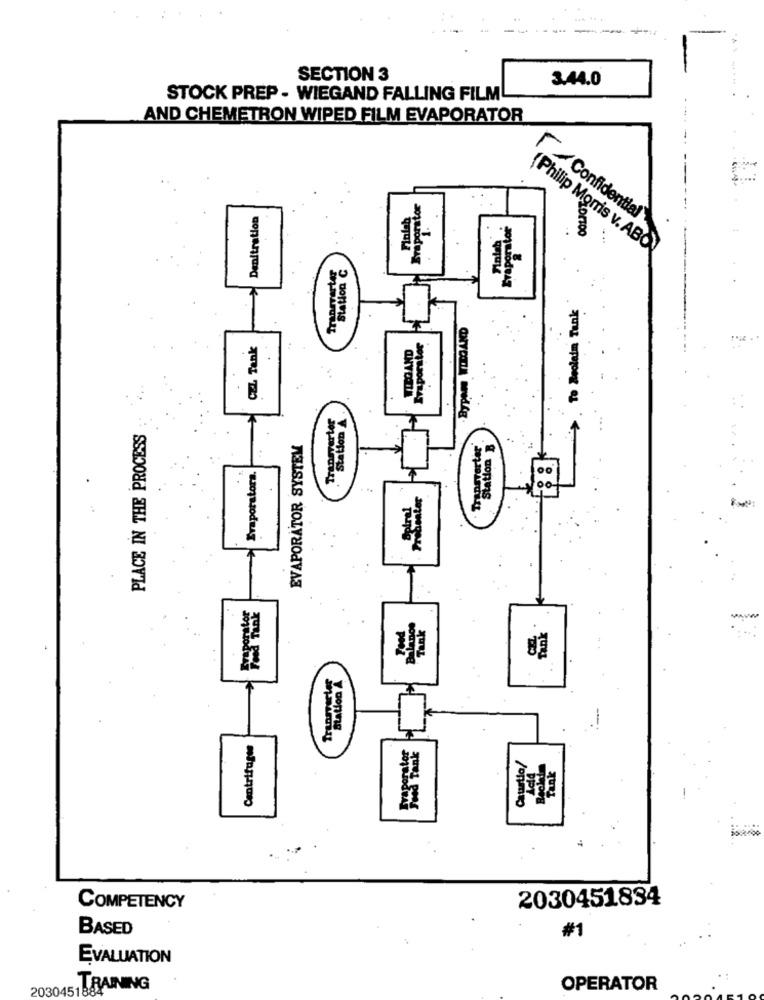
SECTION 3
3.44.0
STOCK PREP - WIEGAND FALLING FILM
AND CHEMETRON WIPED FILM EVAPORATOR
--
Braporator
Denitration
/ Confidential
a
Eraporn
(Philip Morris v. ABOY
Station C
> . To Beoleim Tank
Bypan WIEGAND
CzZ Tank
WIEGAND
Evaporator
Station
PLACE IN THE PROCESS
station B
EVAPORATOR SYSTEM
Evaporatora.
Tank
Centrifuges
Ue/
Cau
2030451834
COMPETENCY
BASED
#1
EVALUATION
20304518
TRAINING
OPERATOR